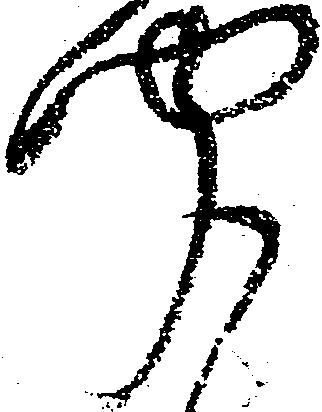
聞